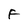
Character: F